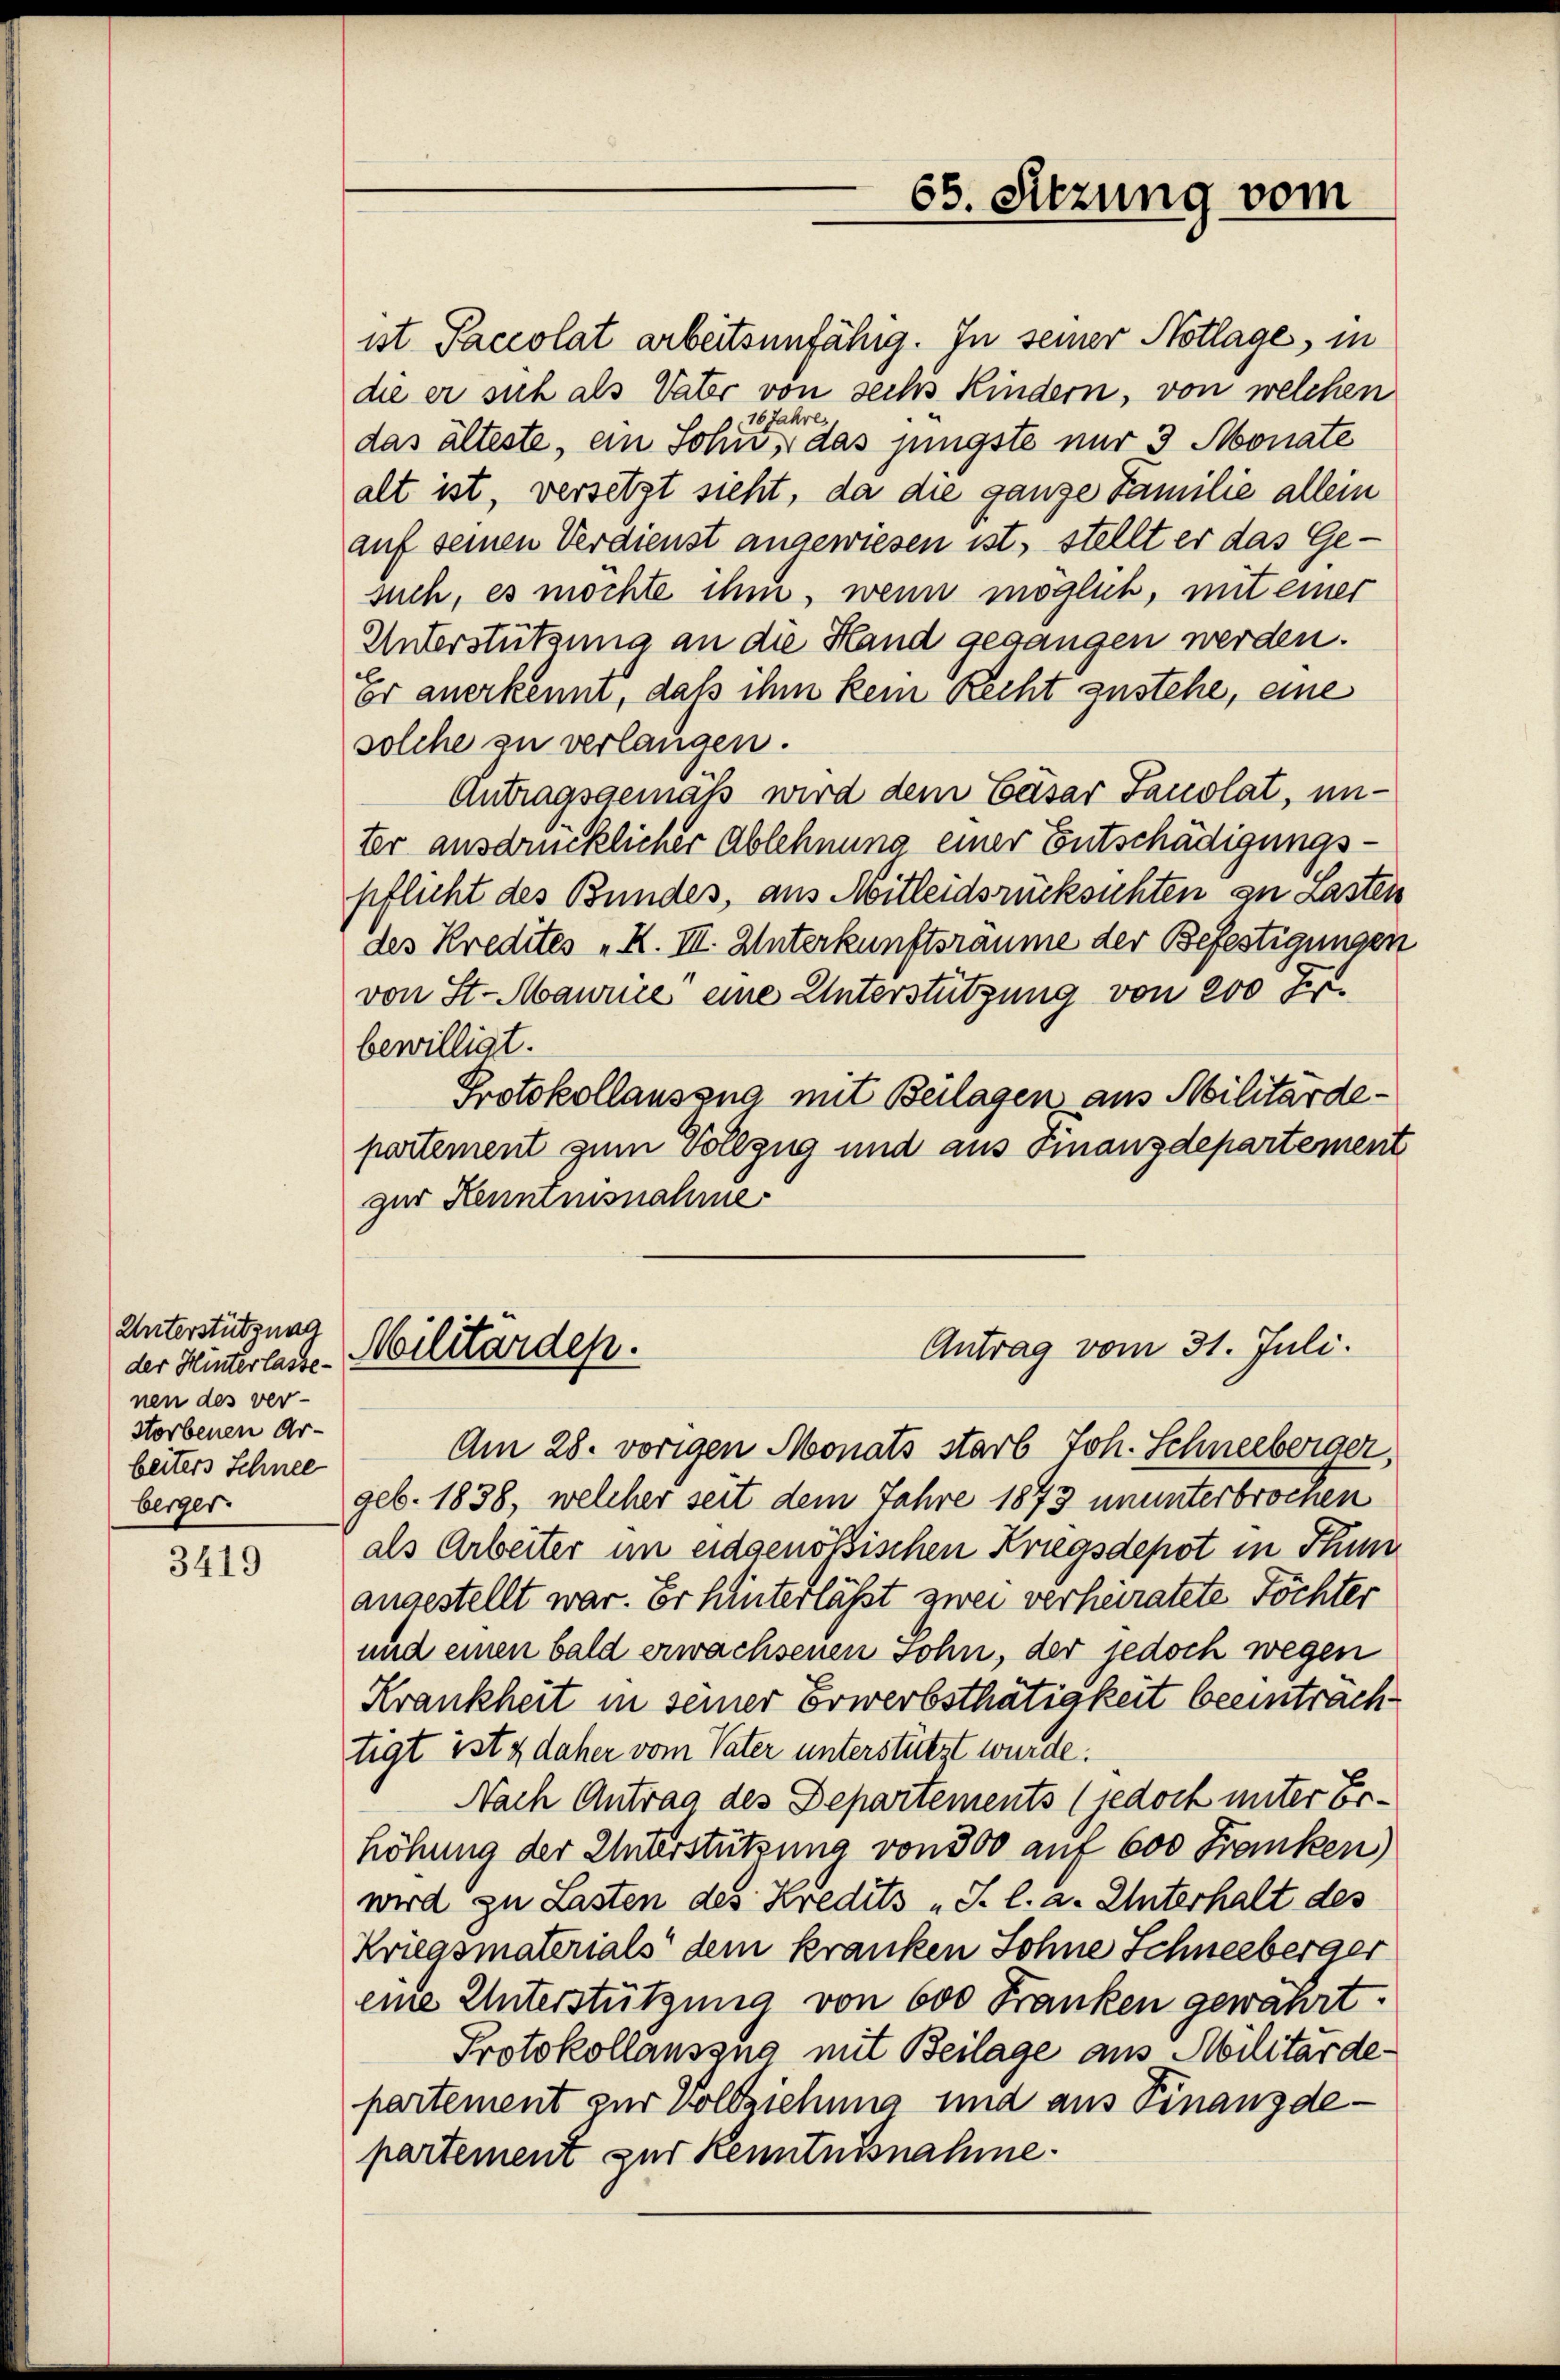
Unterstützung
der Hinterlasse
nen des ver-
storbenen Ar-
beiters Schnee
berger.

3419

65. Sitzung vom

ist Paccolat arbeitsunfähig. In seiner Notlage, in
die er sich als Vater von sechs Kindern, von welchen
16 Jahre.
das älteste, ein Sohn, das jüngste nur 3 Monate
alt ist, versetzt sieht, da die ganze Familie allein
auf seinen Verdienst angewiesen ist, stellt er das Gesuch, es möchte ihm, wenn möglich, mit einer
Unterstützung an die Hand gegangen werden.
.
er anerkennt, daß ihm kein Recht zustehe, eine
solche zu verlangen.
Antragsgemäß wird dem Cäsar Sauolat, unter ausdrücklicher Ablehnung einer Entschädigungspflicht des Bundes, aus Mitleidsrücksichten zu Lasten
des Kredites „K. III. Unterkunftsräume der Befestigungen
von St. Maurice eine Unterstützung von 200 Fr.
bewilligt.
Protokollaussna mit Beilagen aus Militärdepartement zum Vollzug und aus Finanzdepartement
zur Hennensnahme

Antrag vom 31. Juli.
Militärdep.

Am 28. vorigen Monats starb Joh. Schneeberger,
geb. 1838, welcher seit dem Jahre 1873 ununterbrochen
als Arbeiter im eidgenößischen Kriegsdepot in Thun
angestellt war. Er hinterlässt zwei verheiratete Töchter
und einen bald erwachsenen sohn, der jedoch wegen
Krankheit in seiner Erwerbsthätigkeit beeintrachtigt ist & daher vom Vater unterstützt wurde.
Nach Antrag des Departements (jedoch unter Erhöhung der Unterstützung von 300 auf 600 Franken)
wird zu Lasten des Kredits „J. l. a. Unterhalt des
Kriegsmaterials dem kranken Sohne Schneeberger
eine Unterstützung von 600 Franken gewährt.
Protokollausung mit Beilage aus Militärde-
partement zur Vollziehung und aus Finanzdepartement zur Kenntnisnahme.